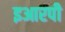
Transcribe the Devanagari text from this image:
इआरपी